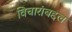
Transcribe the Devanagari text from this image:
विचारांबद्दल